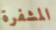
المشفرة